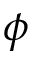
\phi